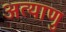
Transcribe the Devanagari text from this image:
अत्याणु